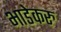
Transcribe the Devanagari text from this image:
भाडेकरु